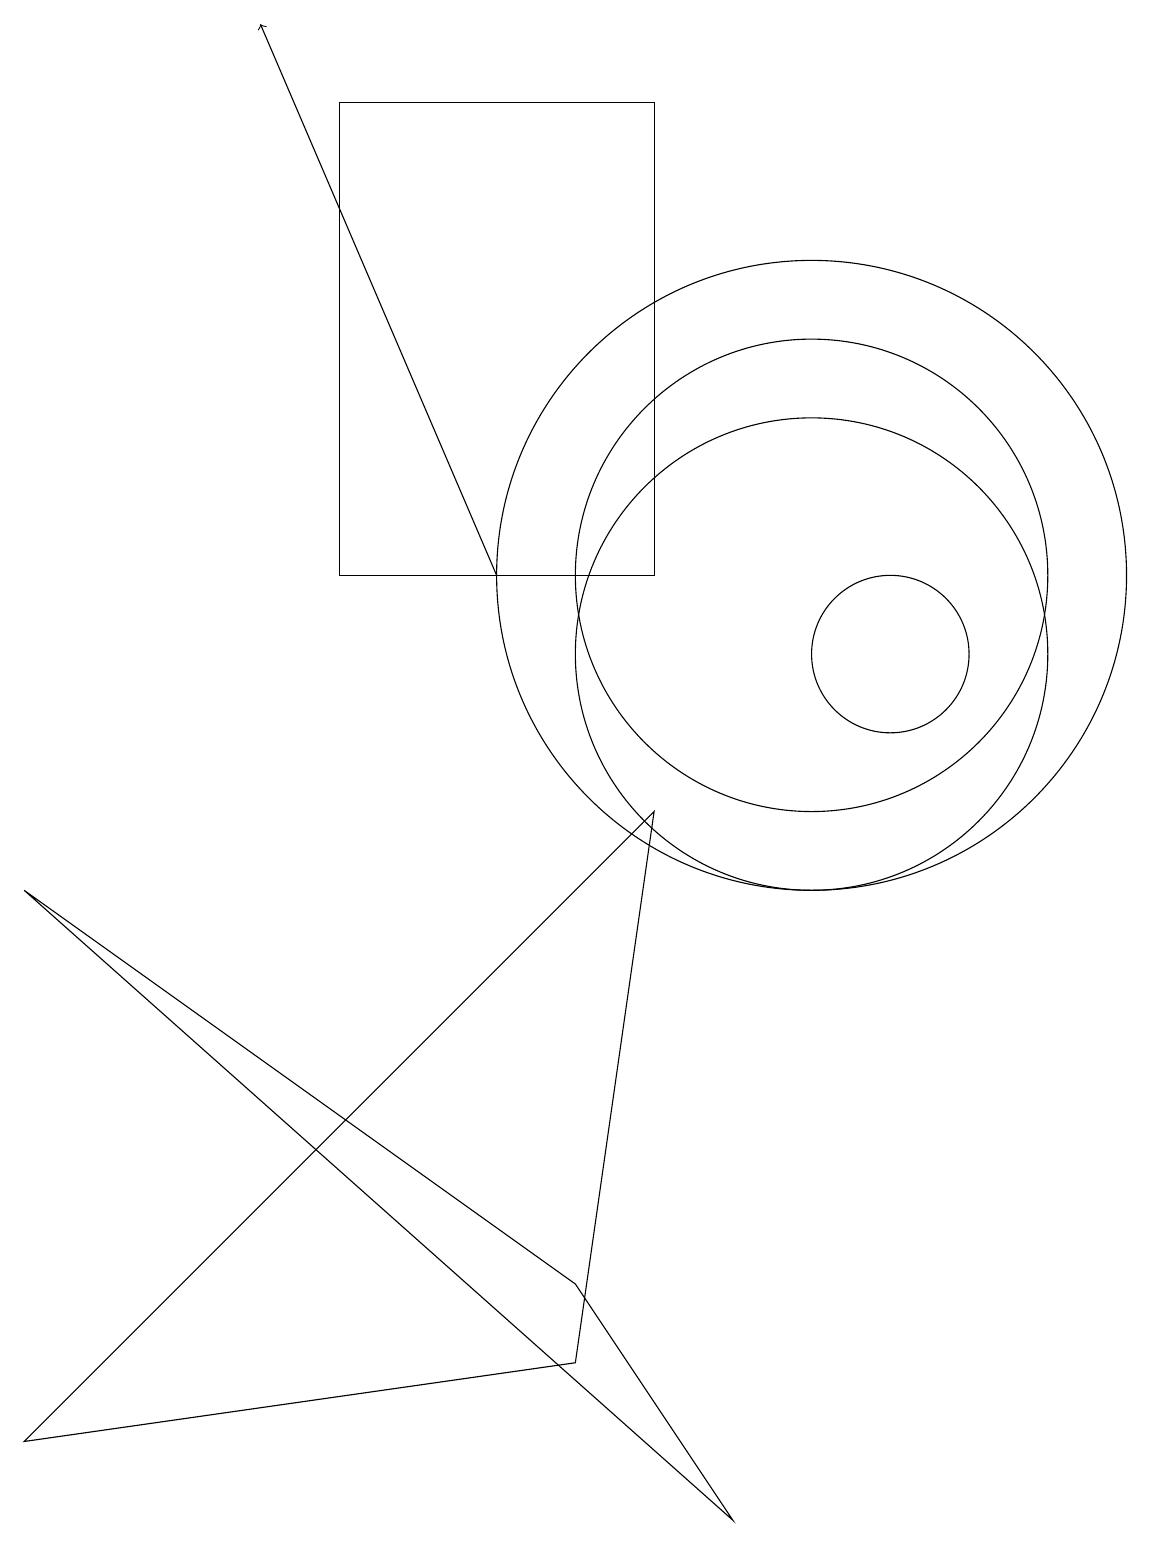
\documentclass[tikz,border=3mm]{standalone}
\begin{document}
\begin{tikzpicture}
\draw (10,12) circle (4);
\draw (8,9) -- (0,1) -- (7,2) -- cycle;
\draw (11,11) circle (1);
\draw[->] (6,12) -- (3,19);
\draw (10,12) circle (3);
\draw (10,11) circle (3);
\draw (8,12) rectangle (4,18);
\draw (0,8) -- (7,3) -- (9,0) -- cycle;
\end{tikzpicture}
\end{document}